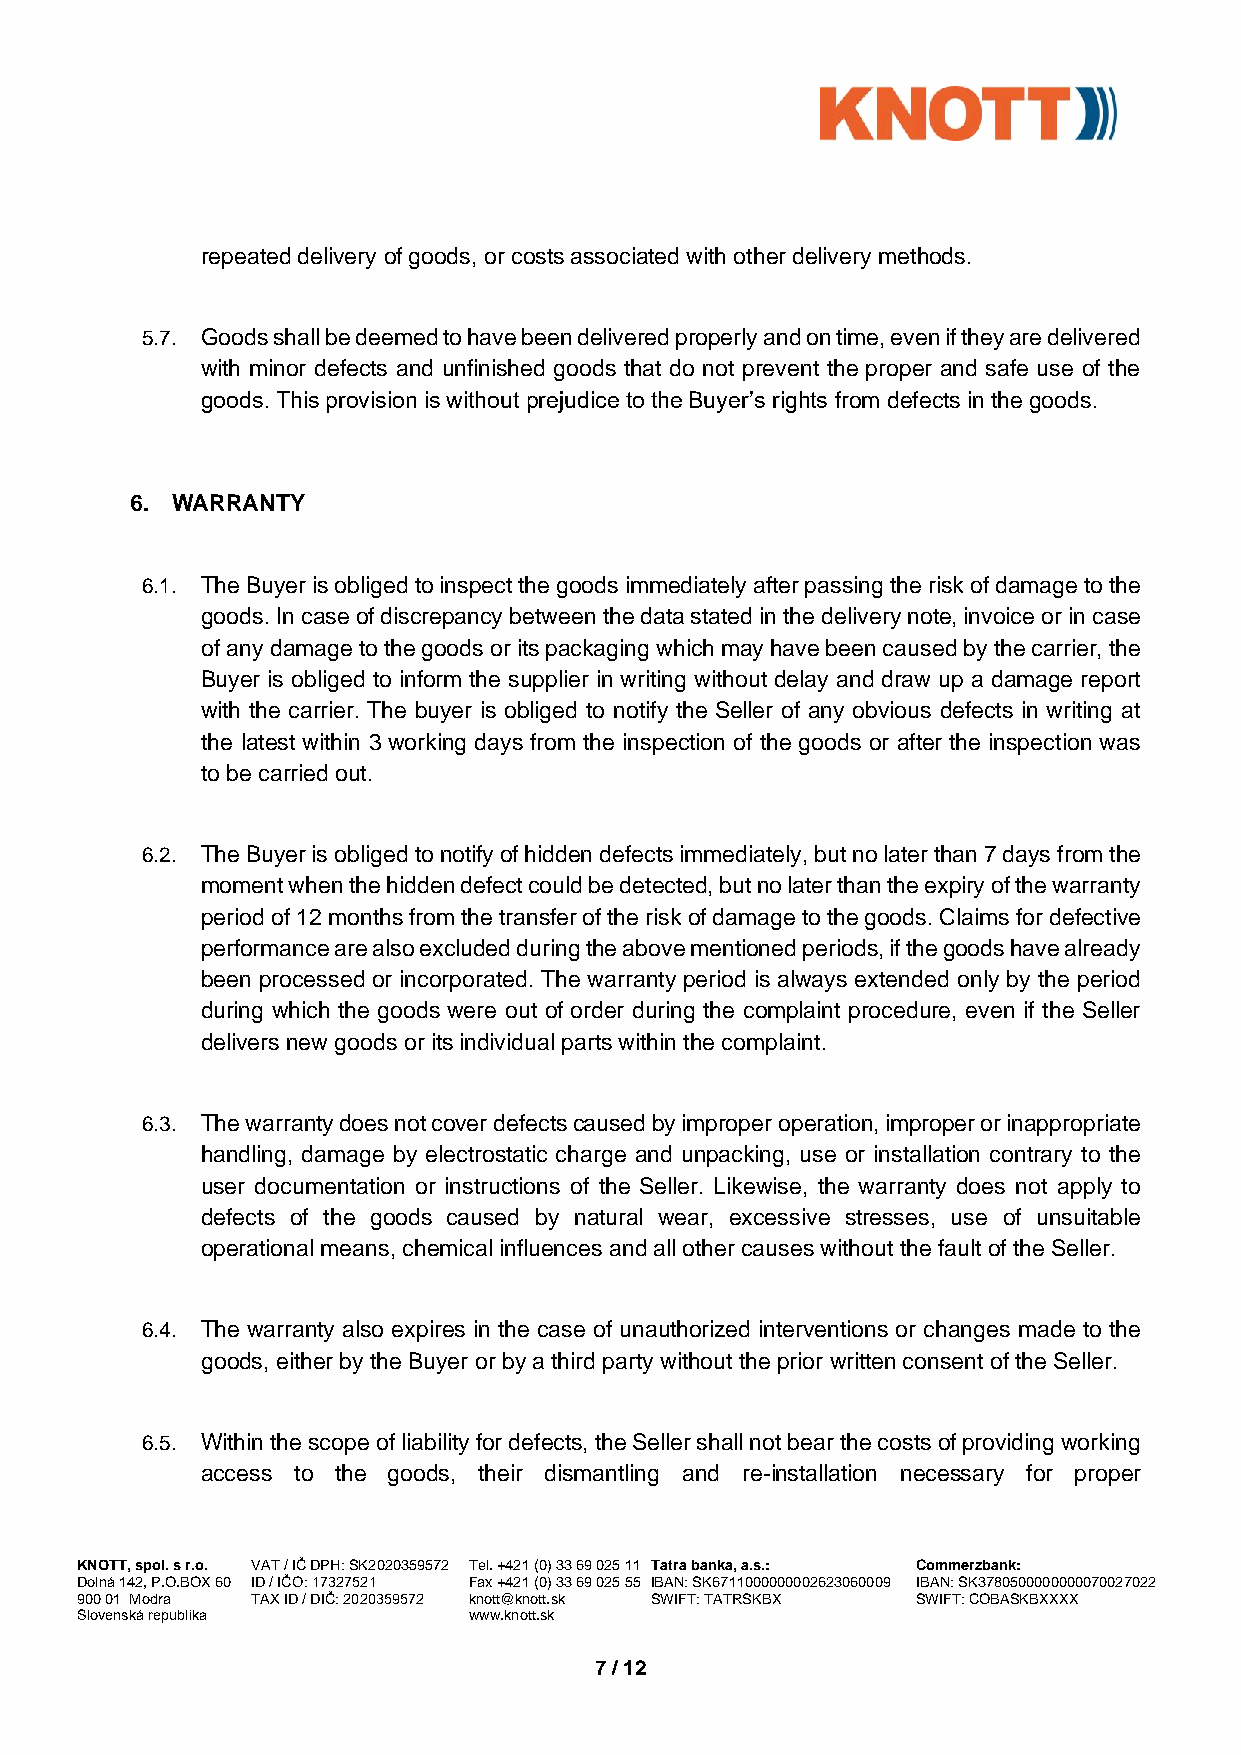
repeated delivery of goods, or costs associated with other delivery methods.
 5.7. Goods shall be deemed to have been delivered properly and on time, even if they are delivered
 with minor defects and unfinished goods that do not prevent the proper and safe use of the
 goods. This provision is without prejudice to the Buyer’s rights from defects in the goods.
 6. WARRANTY
 6.1. The Buyer is obliged to inspect the goods immediately after passing the risk of damage to the
 goods. In case of discrepancy between the data stated in the delivery note, invoice or in case
 of any damage to the goods or its packaging which may have been caused by the carrier, the
 Buyer is obliged to inform the supplier in writing without delay and draw up a damage report
 with the carrier. The buyer is obliged to notify the Seller of any obvious defects in writing at
 the latest within 3 working days from the inspection of the goods or after the inspection was
 to be carried out.
 6.2. The Buyer is obliged to notify of hidden defects immediately, but no later than 7 days from the
 moment when the hidden defect could be detected, but no later than the expiry of the warranty
 period of 12 months from the transfer of the risk of damage to the goods. Claims for defective
 performance are also excluded during the above mentioned periods, if the goods have already
 been processed or incorporated. The warranty period is always extended only by the period
 during which the goods were out of order during the complaint procedure, even if the Seller
 delivers new goods or its individual parts within the complaint.
 6.3. The warranty does not cover defects caused by improper operation, improper or inappropriate
 handling, damage by electrostatic charge and unpacking, use or installation contrary to the
 user documentation or instructions of the Seller. Likewise, the warranty does not apply to
 defects of the goods caused by natural wear, excessive stresses, use of unsuitable
 operational means, chemical influences and all other causes without the fault of the Seller.
 6.4. The warranty also expires in the case of unauthorized interventions or changes made to the
 goods, either by the Buyer or by a third party without the prior written consent of the Seller.
 6.5. Within the scope of liability for defects, the Seller shall not bear the costs of providing working
 access to the goods, their dismantling and re-installation necessary for proper
 KNOTT, spol. s r.o. VAT / IČ DPH: SK2020359572 Tel. +421 (0) 33 69 025 11 Tatra banka, a.s.: Commerzbank:
 Dolná 142, P.O.BOX 60 ID / IČO: 17327521 Fax +421 (0) 33 69 025 55 IBAN: SK6711000000002623060009 IBAN: SK3780500000000070027022
 900 01 Modra TAX ID / DIČ: 2020359572 knott@knott.sk SWIFT: TATRSKBX SWIFT: COBASKBXXXX
 Slovenská republika       www.knott.sk
 7 / 12